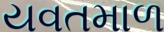
યવતમાળ